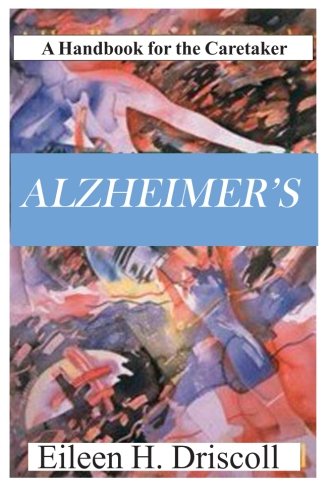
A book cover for Alzheimer's: Handbook For The Caretaker; Eileen Driscoll; Medical Books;